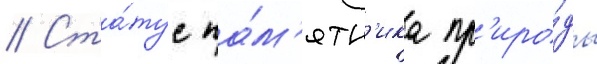
// Ста́тус па́м'ятн'ика пр'иро́ды